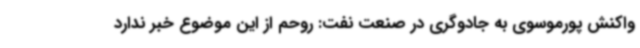
واکنش پورموسوی به جادوگری در صنعت نفت: روحم از این موضوع خبر ندارد